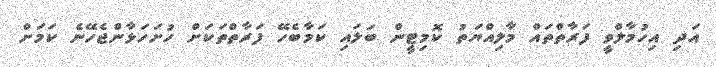
އަދި އިހުމާލްވީ ފަރާތްތައް މާލިއްޔަތު ކޮމިޓީން ބަލައި ކަމާބެހޭ ފަރާތްތަކަށް ހުށަހަޅާންޖެހޭނެ ކަމަށް